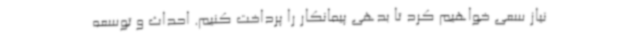
نیاز سعی خواهیم کرد تا بدهی پیمانکار را پرداخت کنیم. احداث و توسعه